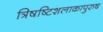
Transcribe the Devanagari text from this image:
त्रिषष्टिशलाकापुरुष